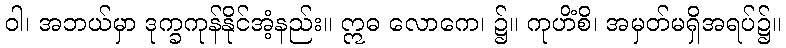
ဝါ၊ အဘယ်မှာ ဒုက္ခကုန်နိုင်အံ့နည်း။ ဣဓ လောကေ၊ ၌။ ကုဟိံစိ၊ အမှတ်မရှိအရပ်၌။